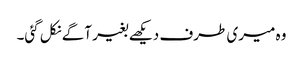
وہ میری طرف دیکھے بغیر آگے نکل گئی۔